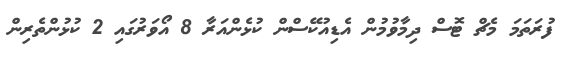
ފުރަތަމަ މެޗް ޓޮސް ދިމާވުމުން އެޑިއުކޭސްން ކުޅެންއަރާ 8 އޯވަރުގައި 2 ކުޅުންތެރިން